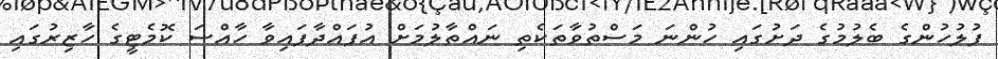
ފުލުހުންގެ ބެލުމުގެ ދަށުގައި ހުންނަ މަސްތުވާތަކެތި ނައްތާލުމަށް އުފައްދާފައިވާ ހާއްސަ ކޮމެޓީގެ ހާޒިރުގައި